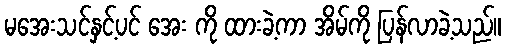
မအေးသင်နှင့်ပင် အေး ကို ထားခဲ့ကာ အိမ်ကို ပြန်လာခဲ့သည်။